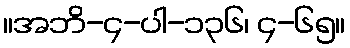
။အဘိ-၄-ပါ-၁၃၆၊ ၄-၆၅။